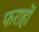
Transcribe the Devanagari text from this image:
फराहों